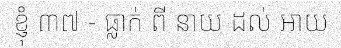
ខ្ញុំ ៣៧ - ធ្លាក់ ពី នាយ ដល់ អាយ